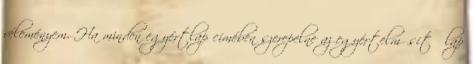
véleményem. Ha minden egyértlap címében szerepelne az egyértelműsítő lap